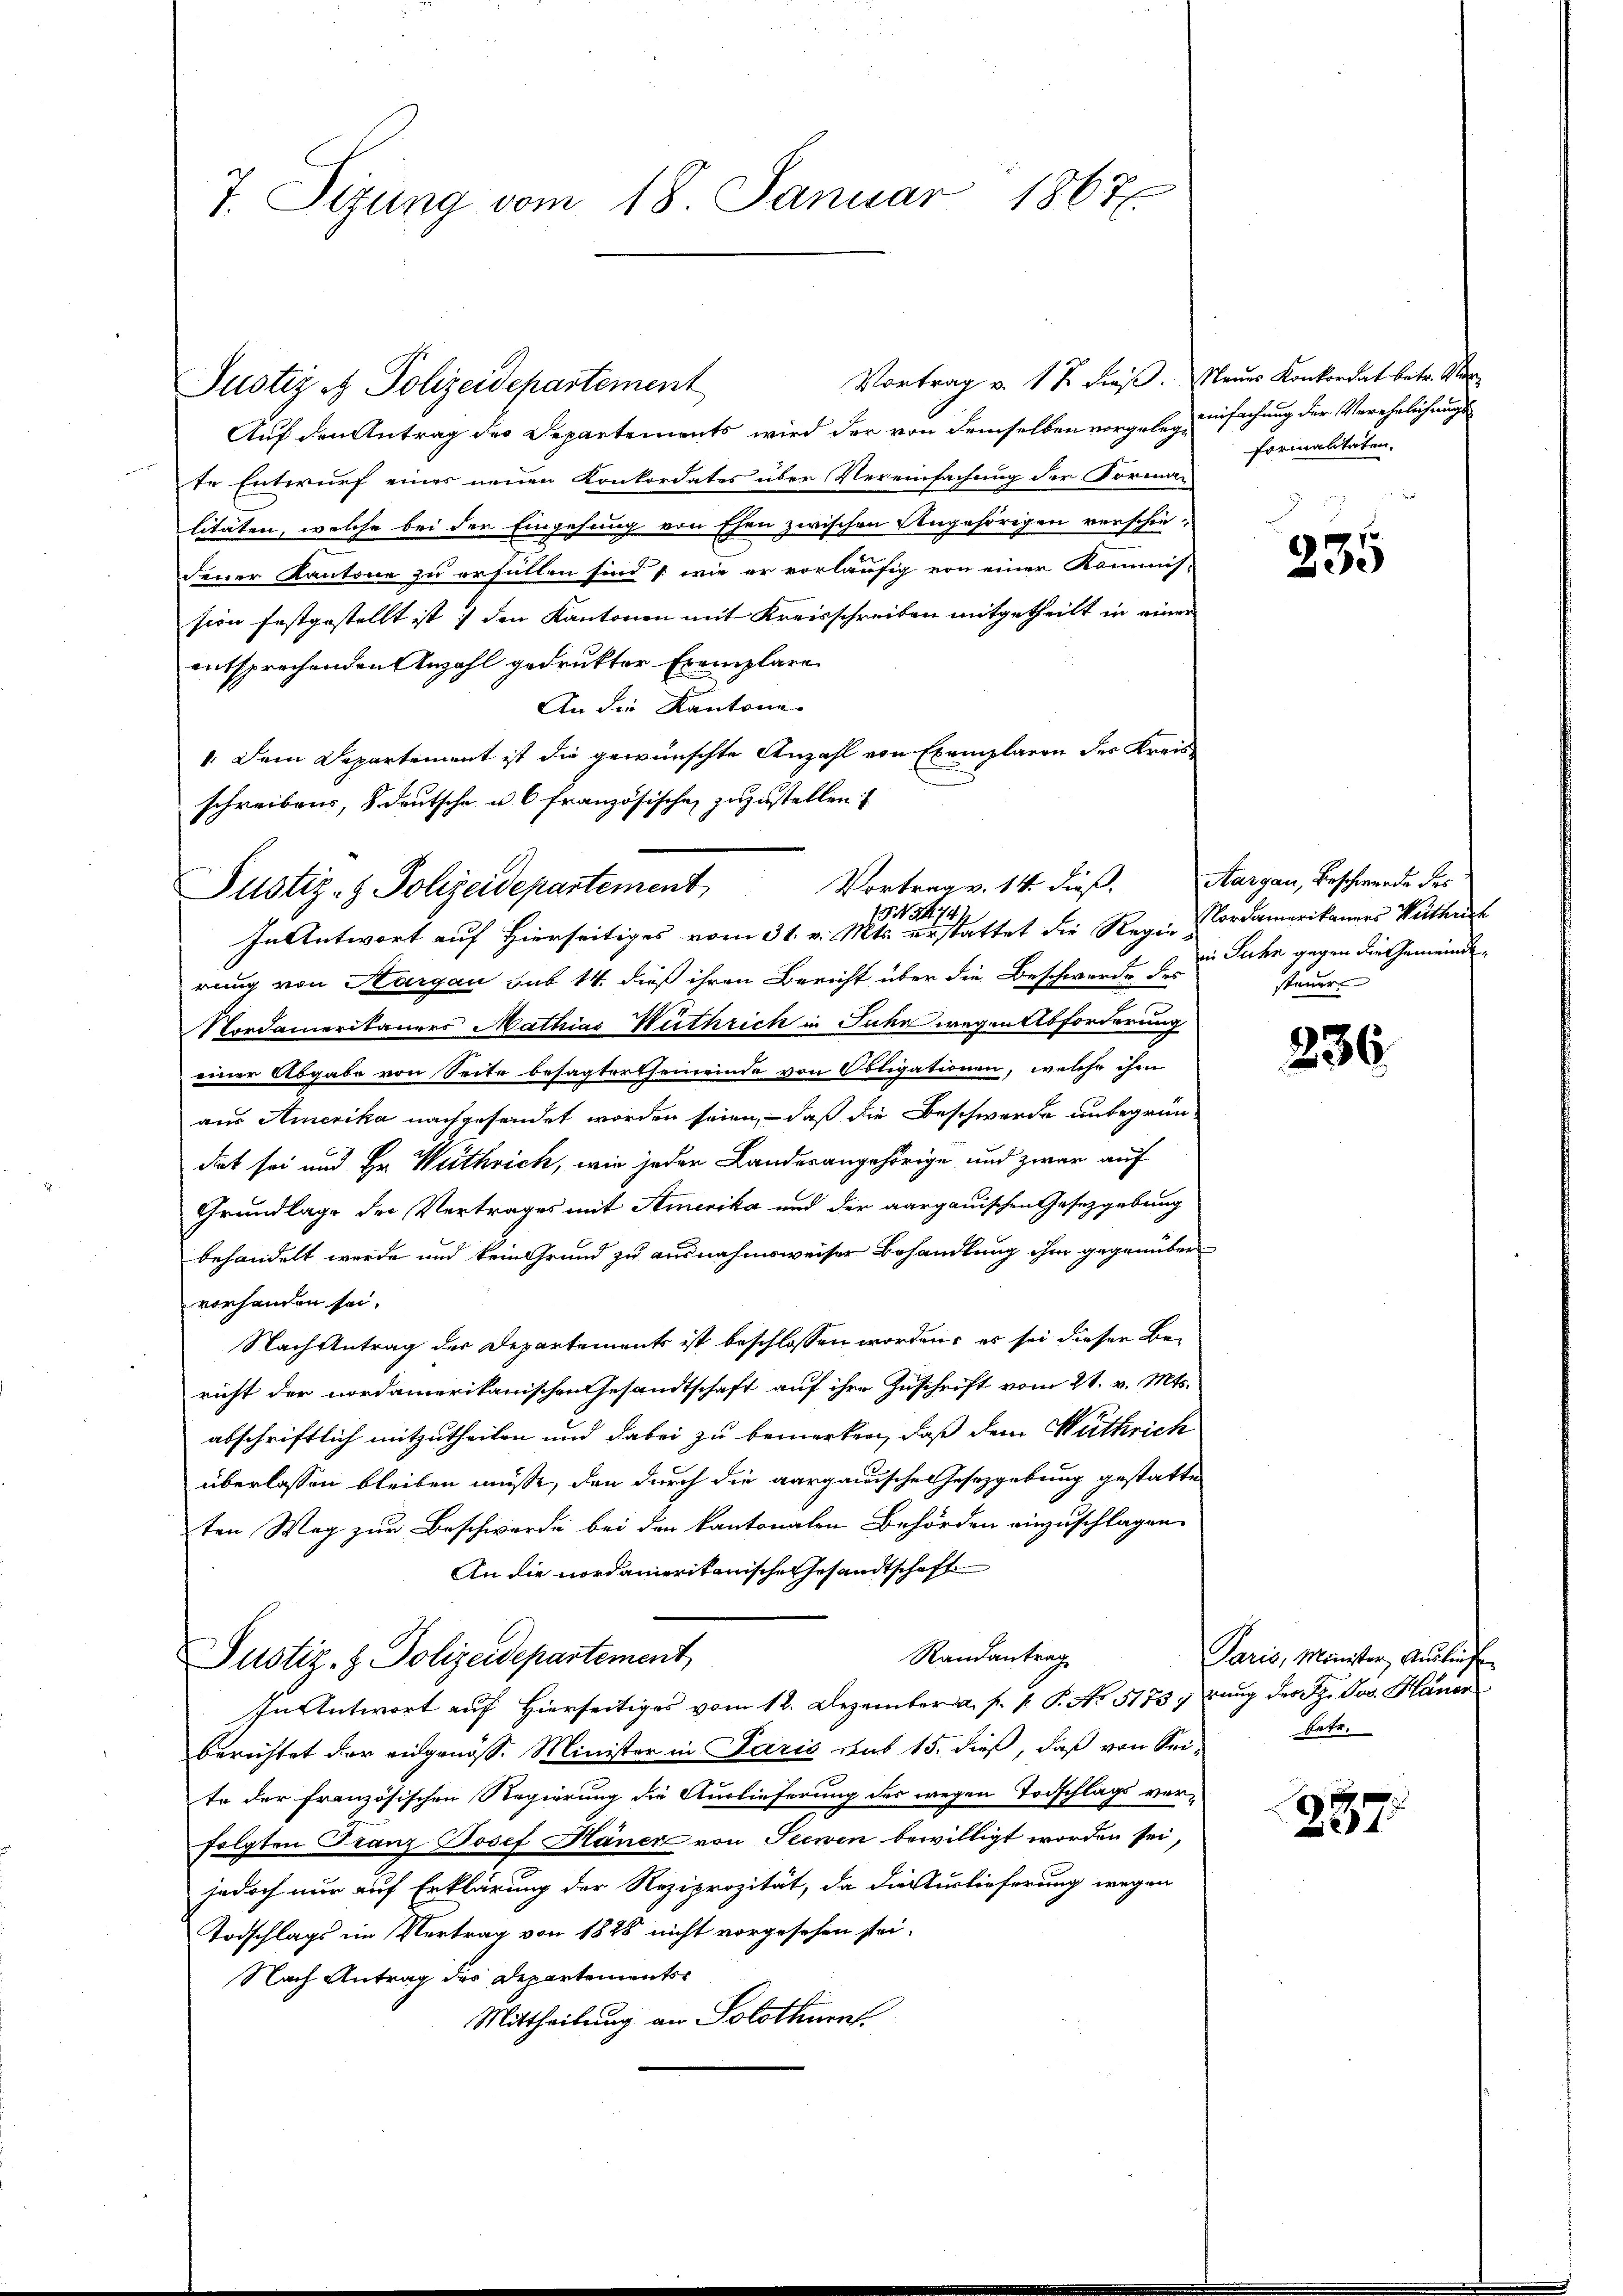
7. Sizung vom 18. Januar 1867.

Vortrag v. 18 dieß. Mauer Konkordat betr. Mar
Auf den Antrag des Departements wird der von demselben vorgelen einfachung der Verehelichungs
te Entwurf eines neuen Konkordates über Vereinfachung der Forman
litäten, welche bei der Eingehung von Ehen zwischen Angehörigen verschiejener Kantone zu erfüllen sind (wie er vorläufig von einer Kommis-
sion festgestellt ist :/ den Kantonen mit Kreisschreiben mitgetheilt in einer
entsprechenden Anzahl gedrukter Exemplare
An die Kantoni-
1. Dem Departement ist die gewünschte Anzahl von Exemplaren der Kreisschreibens, 8 deutsche u. 6 französischen zuzustellen

Justiz & Polizeidepartement

Vortrag v. 14 dieß.
Justiz- & Polizeidepartement

74
In Antwort auf Hierseitiges vom 31. v. Mts. erstattet die Regie ordamerikaners Wirthsch

rung von Thurgau sub 14. dieß ihren Bericht über die Beschwerde des
Nordamerikaners Mathias Hüthrich in Jahr wegen Abforderung
einer Abgabe von Seite besagterthemeinde von Obligationen, welche ihm
aus Amerika nachgesendet worden seien, – daß die Beschwerde unbegrün-
dat sei und Hr. Wuthrich, wie jeder Landesangehörige und zwar auf
Grundlage der Vertrages mit Amerika und der aargauischen Gesetzgebung
behandelt werde und kein Grund zu ausnahmsweiser Behandlung ihm gegenüber
vorhanden sei.
Nachtentrag der Departements ist beschlossen worden; es sei dieser Be-
richt der nordamerikanischen Gesandtschaft auf ihre Zuschrift vom 21. v. Mts.
abschriftlich mitzutheilen und dabei zu bemerken, daß dem Wüthrich
überlassen bleiben müsse, den durch die aargauischen Gesetzgebung gestatte
ten Weg zur Beschwerde bei den kantonalen Behörden einzuschlagen
An die nordamerikanische Gesandtschaft
Randantrag
Justiz- & Polizeidepartement
In Antwort auf Hierseitiges vom 12. Dezember a. p. p. P. No 51739 rung der Sz. Jos. Häner
berichtet der eidgenöss. Minister in Paris das 15. dieß, daß von Sei-
te der französischen Regierung die Auslieferung des wegen Todschlags ver-
folgten Franz Josef Hauer von Seewen bewilligt worden sei,
jedoch nur auf Erklärung der Reziprozität, da die Auslieferung wegen
Todschlags im Vertrag von 1828 nicht vorgesehen sei.
Nach Antrag des Departements-
Mittheilung an Solothurn

formalitäten.
B

235

Aargau, Beschwerde des
in Jahr gegen die Gemeindesteuer

236.

Paris, Minister Ausliefe
betr.

287.